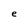
Character: e